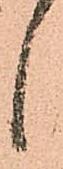
候